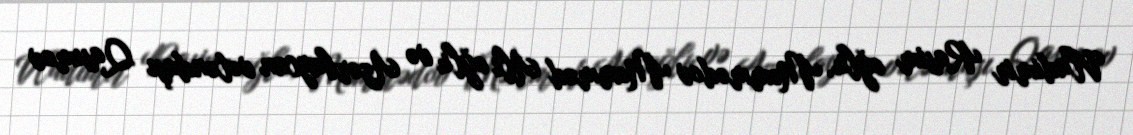
Vladimir Rasim oğlu, Məmmədov Məmməd Alı oğlu və Azərbaycan vətəndaşı Qasımov